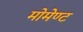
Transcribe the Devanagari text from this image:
मोमेण्ट